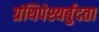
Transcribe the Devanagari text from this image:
ग्रंथिपेश्यर्बुदता